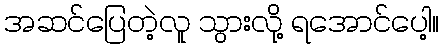
အဆင်ပြေတဲ့လူ သွားလို့ ရအောင်ပေါ့။